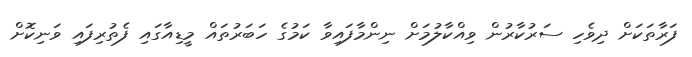
ފަރާތަކަށް ދިވެހި ސަރުކާރުން ވިއްކާލުމަށް ނިންމާފައިވާ ކަމުގެ ހަބަރުތައް މީޑިއާގައި ފެތުރިފައި ވަނިކޮށް